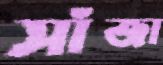
সাঁজা